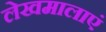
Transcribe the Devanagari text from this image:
लेखमालाएं